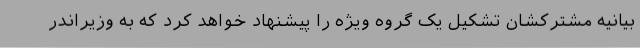
بیانیه مشترکشان تشکیل یک گروه ویژه را پیشنهاد خواهد کرد که به وزیراندر